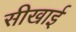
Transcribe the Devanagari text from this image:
सीखाई